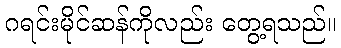
ဂရင်းမိုင်ဆန်ကိုလည်း တွေ့ရသည်။